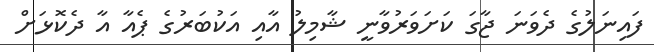
ފައިނަލުގެ ދެވަނަ ޖާގަ ކަށަވަރުވާނީ ޝާމިލު އާއި އަކުބަރުގެ ޕެއާ އާ ދެކޮޅަށް